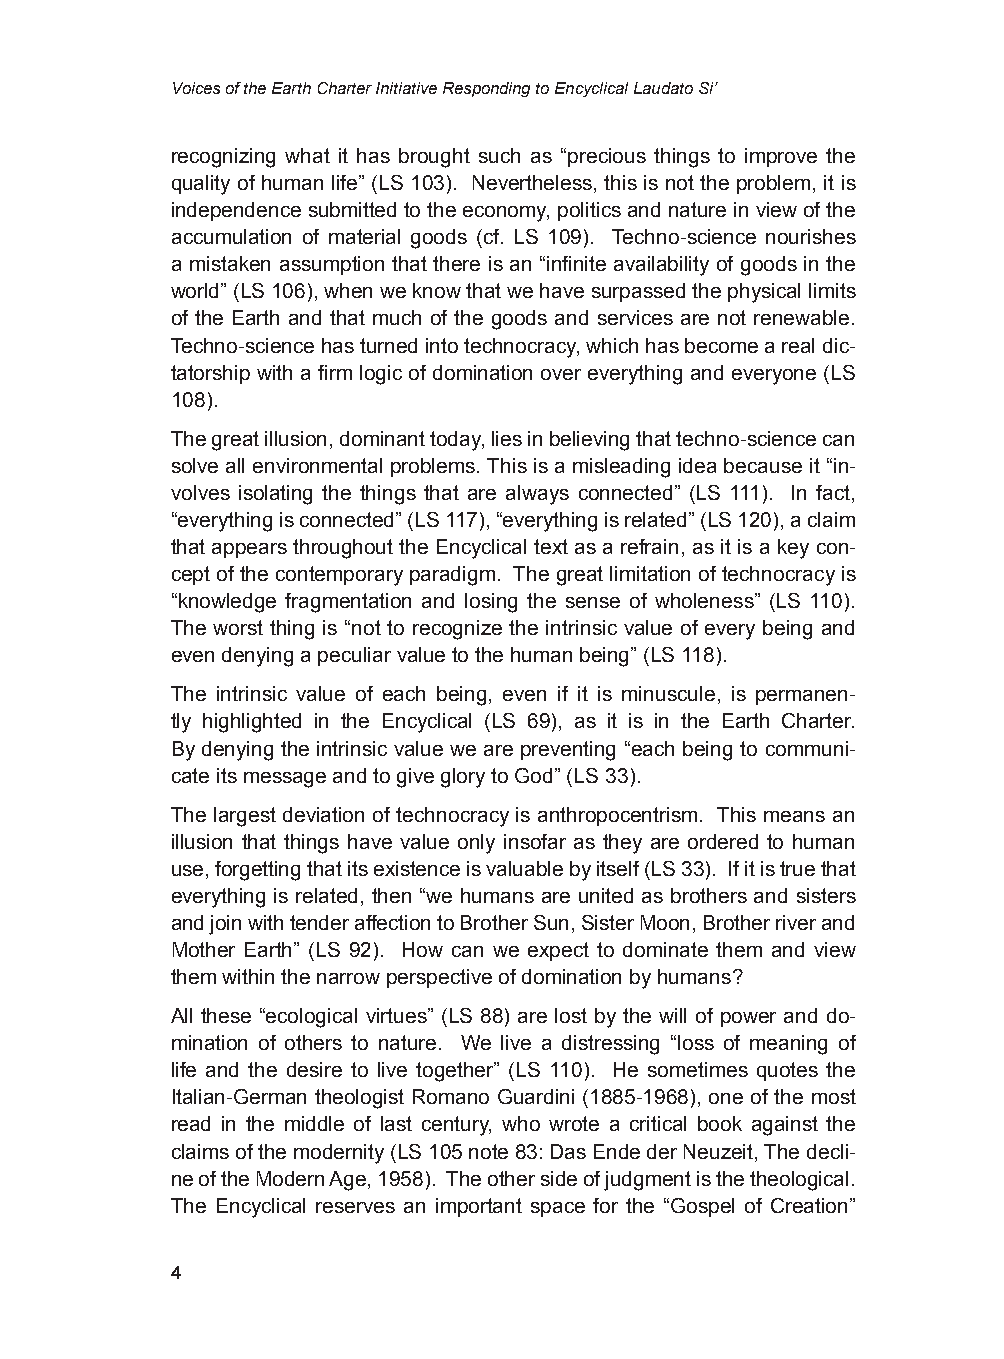
Voices of the Earth Charter Initiative Responding to Encyclical Laudato Si’
 recognizing what it has brought such as “precious things to improve the
 quality of human life” (LS 103). Nevertheless, this is not the problem, it is
 independence submitted to the economy, politics and nature in view of the
 accumulation of material goods (cf. LS 109). Techno-science nourishes
 a mistaken assumption that there is an “infinite availability of goods in the
 world” (LS 106), when we know that we have surpassed the physical limits
 of the Earth and that much of the goods and services are not renewable.
 Techno-science has turned into technocracy, which has become a real dic-
 tatorship with a firm logic of domination over everything and everyone (LS
 108).
 The great illusion, dominant today, lies in believing that techno-science can
 solve all environmental problems. This is a misleading idea because it “in-
 volves isolating the things that are always connected” (LS 111). In fact,
 “everything is connected” (LS 117), “everything is related” (LS 120), a claim
 that appears throughout the Encyclical text as a refrain, as it is a key con-
 cept of the contemporary paradigm. The great limitation of technocracy is
 “knowledge fragmentation and losing the sense of wholeness” (LS 110).
 The worst thing is “not to recognize the intrinsic value of every being and
 even denying a peculiar value to the human being” (LS 118).
 The intrinsic value of each being, even if it is minuscule, is permanen-
 tly highlighted in the Encyclical (LS 69), as it is in the Earth Charter.
 By denying the intrinsic value we are preventing “each being to communi-
 cate its message and to give glory to God” (LS 33).
 The largest deviation of technocracy is anthropocentrism. This means an
 illusion that things have value only insofar as they are ordered to human
 use, forgetting that its existence is valuable by itself (LS 33). If it is true that
 everything is related, then “we humans are united as brothers and sisters
 and join with tender affection to Brother Sun, Sister Moon, Brother river and
 Mother Earth” (LS 92). How can we expect to dominate them and view
 them within the narrow perspective of domination by humans?
 All these “ecological virtues” (LS 88) are lost by the will of power and do-
 mination of others to nature. We live a distressing “loss of meaning of
 life and the desire to live together” (LS 110). He sometimes quotes the
 Italian-German theologist Romano Guardini (1885-1968), one of the most
 read in the middle of last century, who wrote a critical book against the
 claims of the modernity (LS 105 note 83: Das Ende der Neuzeit, The decli-
 ne of the Modern Age, 1958). The other side of judgment is the theological.
 The Encyclical reserves an important space for the “Gospel of Creation”
 4